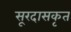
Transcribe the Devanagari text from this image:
सूरदासकृत